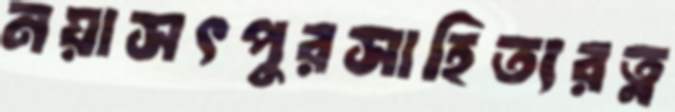
নয়াসৎপুরসাহিত্যরত্ন